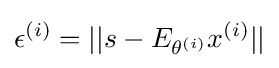
\epsilon ^{(i)}=||s-E_{\theta ^{(i)}}x^{(i)}||